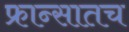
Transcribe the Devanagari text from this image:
फ्रान्सातच